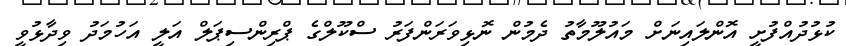
ކުޅުދުއްފުށީ އޮންލައިނަށް މައުލޫމާތު ދެމުން ނޮޅިވަރަންފަރު ސްކޫލްގެ ޕްރިންސިޕަލް އަލީ އަހުމަދު ވިދާޅުވީ